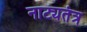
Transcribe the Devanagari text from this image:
नाट्यतंत्र